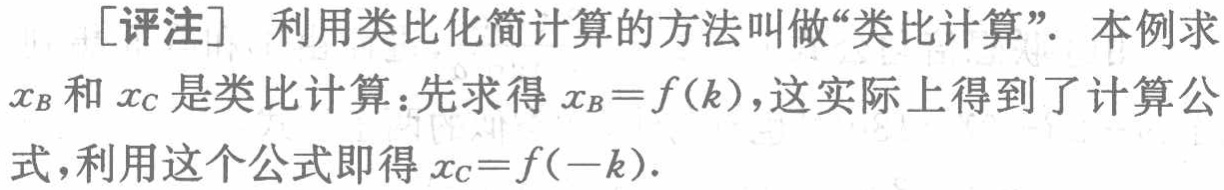
[评注] 利用类比化简计算的方法叫做“类比计算”. 本例求
\(x_{B}\)和\(x_{C}\)是类比计算：先求得\(x_{B}=f(k)\)，这实际上得到了计算公
式，利用这个公式即得\(x_{C}=f(-k)\).